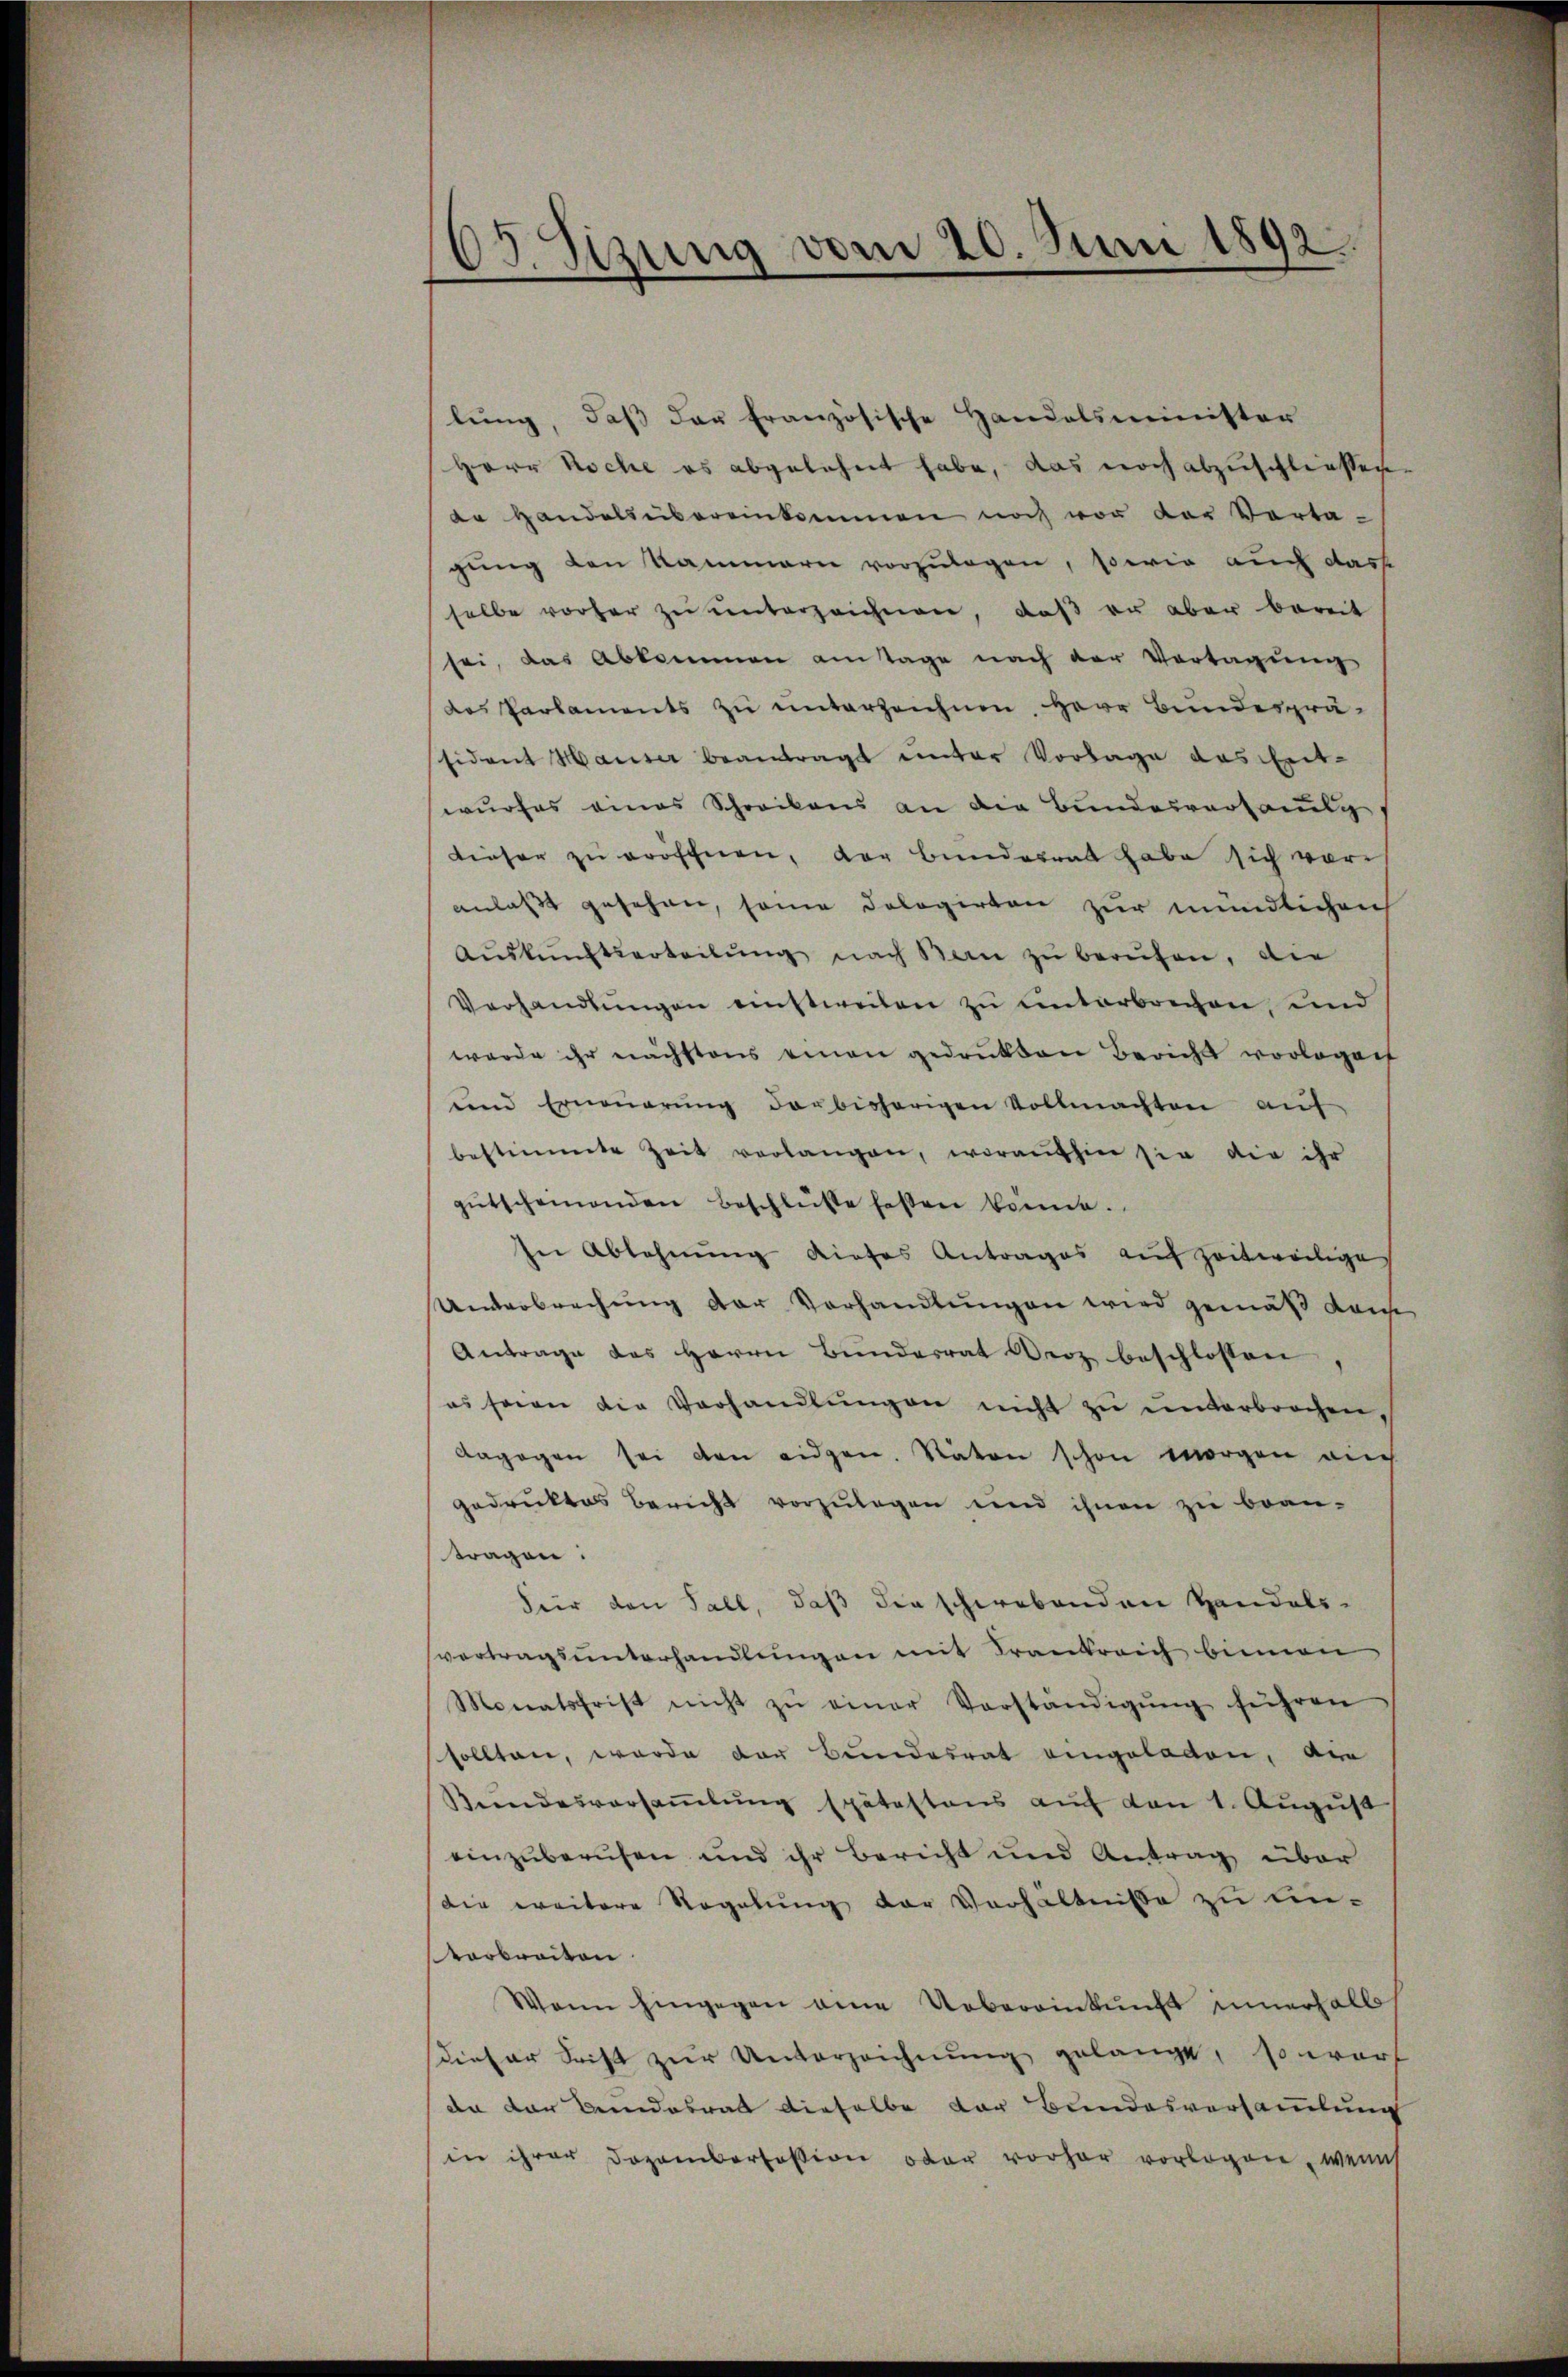
65 Sizung vom 20. Juni 1892.

lŭng, daβ der französische Handelsminister
Herr Koche es abgelehnt habe, das noch abzuschliessen
dr Handels übereinkommen noch von der Vorta-
gung den Kammern vorzulegen, sowie auch dass
selbe vorher zŭ ŭnterzeichnen, daß zu aber bereit
sei, das Abkommen amtage nach der Vertagung
das Parlaments zu unterzeichnen, Herr Bundesprä-
sident Hauser beantragt unter Vorlage das Ent-
wŭrfes eines Schreibens an die Bŭndesverfang
dieser zŭ eröffnen, der Bundesrat habe sich voranlaßt gesehen, soie dologirten zur mündlichen
Aŭskŭnftserteilŭng nach Bern zŭ berufen, die
Verhandlŭngen einstweilen zu unterbrechen, und
werde ihr nächstens einen gedrukten Bericht vorlagen
und Erneŭerŭng darbisherigen Vollmachten aŭf
bestimmte Zeit verlangen, woraufhin sie die ihr
gŭtscheinenden Beschlüße festen könne.
In Ablehnung dieses Antrages auf zeitweilige
Unterbrechung der Vorhandlungen wird gemäß Kaise
Antrage des Herrn Bunderrat Droz beschlossen
es seien die Verhandlŭngen nicht zŭ ŭnterbrochen,
dagegen sei den eidgen. Raten schon morgen auch
gedruktes Bericht vorzŭlegen und ihnen zŭ bean-
tragen:
Für den Fall, daß die schwebenden Handels-
vertragsunterhandlungen mit Frankreich binnen
Monatsfrist nicht zŭ einer Vorständigŭng führen
sollten, wurde der Bundesrat eingeladen, ain
Bundesversammlung spätestens auf den 1. August
einzuberufen und ihr Bericht und Antrag über
die weitere Regelung der Verhältnisse zu einvarbreiten.
Wann hingegen eine Uebereinkunft innerhalbs
sieser Frist zur Unterzeichnung gelangt, so warf
da der Bundesrat dieselbe der Bundesversammlung
in ihrer Dozamborfosion oder vorher vorlagen, wenn